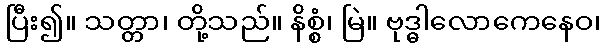
ပြီး၍။ သတ္တာ၊ တို့သည်။ နိစ္စံ၊ မြဲ။ ဗုဒ္ဓါလောကေနေဝ၊